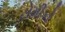
ટોમીકો